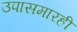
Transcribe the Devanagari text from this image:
उपासमारही